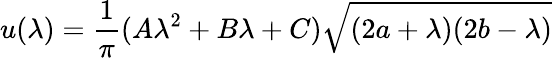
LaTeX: u(\lambda)=\frac{1}{\pi}(A\lambda^{2}+B\lambda+C)\sqrt{(2a+\lambda)(2b-\lambda)}